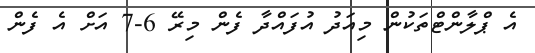
އެ ޕްލާންޓްތަކުން މިއަދު އުފައްދާ ފެން މިރޭ 6-7 އަށް އެ ފެން